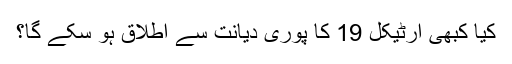
کیا کبھی آرٹیکل 19 کا پوری دیانت سے اطلاق ہو سکے گا؟